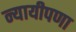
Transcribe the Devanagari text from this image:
न्यायीपणा